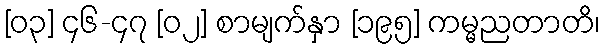
[၀၃] ၄၆-၄၇ [၀၂] စာမျက်နှာ [၁၉၅] ကမ္မညတာတိ၊